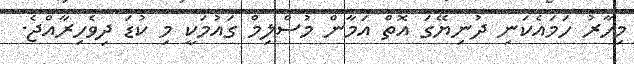
މިހާރު ހަމައެކަނި ދުނިޔޭގަ އޮތް އަމާން މުސްލިމް ގައުމަކީ މި ކުޑަ ދިވެހިރާއްޖެ.